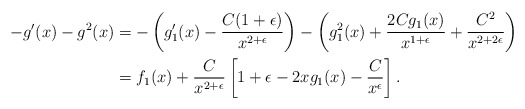
\begin{align*}-g'(x) - g^2(x)&= -\left(g_1'(x) - \frac{C(1 + \epsilon)}{x^{2 + \epsilon}}\right) - \left(g_1^2(x) + \frac{2Cg_1(x)}{x^{1 + \epsilon}} + \frac{C^2}{x^{2 + 2\epsilon}}\right)\\&= f_1(x) + \frac{C}{x^{2 + \epsilon}}\left[1 + \epsilon - 2x g_1(x) - \frac{C}{x^\epsilon}\right].\end{align*}